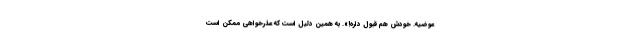
عوضیه. خودش هم قبول داره!». به همین دلیل است که عذرخواهی ممکن است